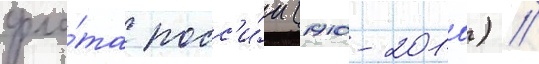
фло́та росс'и́и (1910-2010) //